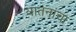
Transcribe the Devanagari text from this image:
यातनांचा